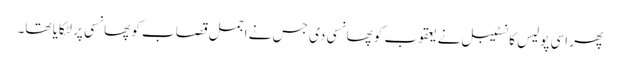
پھر اسی پولیس کانسٹیبل نے یعقوب کو پھانسی دی جس نے اجمل قصاب کو پھانسی پر لٹکایا تھا۔